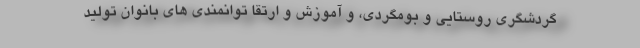
گردشگری روستایی و بومگردی، و آموزش و ارتقا توانمندی های بانوان تولید